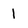
Character: 1